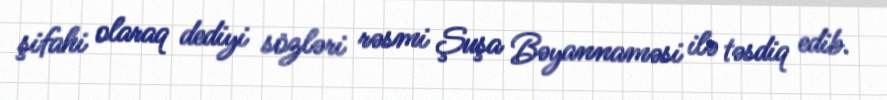
şifahi olaraq dediyi sözləri rəsmi Şuşa Bəyannaməsi ilə təsdiq edib.